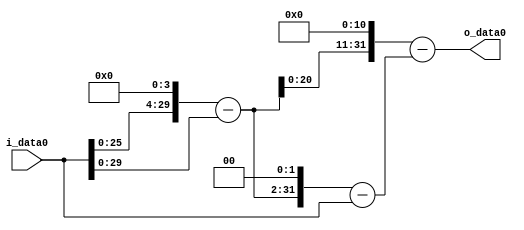
module multiplier_block (
    i_data0,
    o_data0
);

  // Port mode declarations:
  input   [31:0] i_data0;
  output  [31:0]
    o_data0;

  //Multipliers:

  wire [31:0]
    w1,
    w16,
    w15,
    w60,
    w59,
    w30720,
    w30661;

  assign w1 = i_data0;
  assign w15 = w16 - w1;
  assign w16 = w1 << 4;
  assign w30661 = w30720 - w59;
  assign w30720 = w15 << 11;
  assign w59 = w60 - w1;
  assign w60 = w15 << 2;

  assign o_data0 = w30661;

  //multiplier_block area estimate = 5771.30383489265;
endmodule